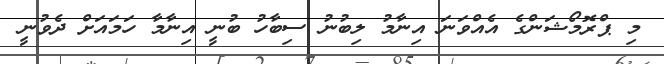
މި ޕްރޮމޯޝަންގެ އެއްވަނަ އިނާމު ލިބުނު ސިބާހު ބުނީ އިނާމާ ހަމައަށް ދެވުނީ